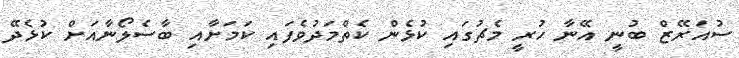
ސުއަރޭޒް ބުނީ އޭނާ ހުރީ މެޗުގައި ކުޅެން ކެތްމަދުވެފައި ކަމަށާއި ބާސެލޯނާއަށް ކުޅެދޭ